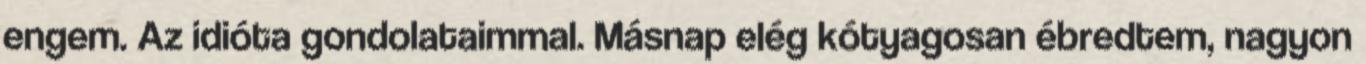
engem. Az idióta gondolataimmal. Másnap elég kótyagosan ébredtem, nagyon